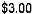
$3.00